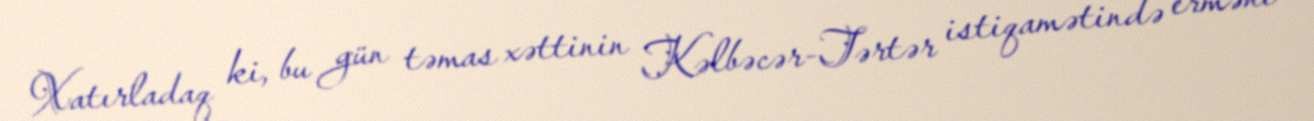
Xatırladaq ki, bu gün təmas xəttinin Kəlbəcər-Tərtər istiqamətində erməni